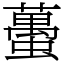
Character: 蠆